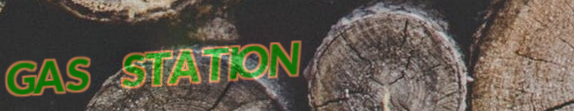
GAS STATION